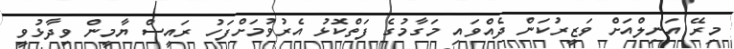
މިރޭ އަނިލްއަށް ވަޒީރުކަން ދެއްވައި މަގާމުގެ ފަތްކޮޅު އެރުވުމަށްފަހު ރައީސް ޔާމީން ވިދާޅުވީ